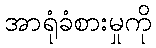
အာရုံခံစားမှုကို